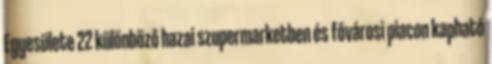
Egyesülete 22 különböző hazai szupermarketben és fővárosi piacon kapható